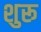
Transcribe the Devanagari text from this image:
शुरू